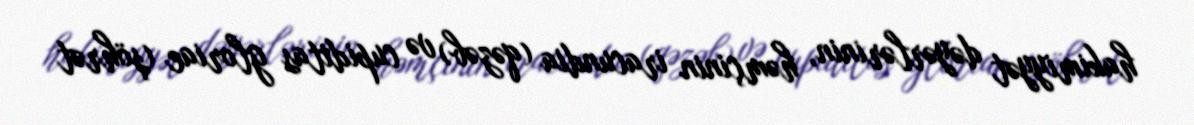
hakimiyyət dəyərlərinin, həmçinin iracundia (qəzəb) və cupiditas gloriae (şöhrət